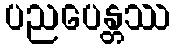
ပညပေန္တဿ